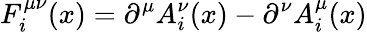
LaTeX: F_{i}^{\mu\nu}(x)=\partial^{\mu}A_{i}^{\nu}(x)-\partial^{\nu}A_{i}^{\mu}(x)